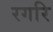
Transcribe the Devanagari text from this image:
रगरि